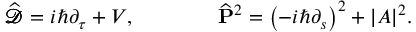
{ \widehat { \pmb { \mathscr { D } } } } = i \hbar \partial _ { \tau } + V , \qquad \qquad { \widehat { \bf P } } ^ { 2 } = { \left( - i \hbar \partial _ { s } \right) } ^ { 2 } + { \left| { \cal A } \right| } ^ { 2 } .